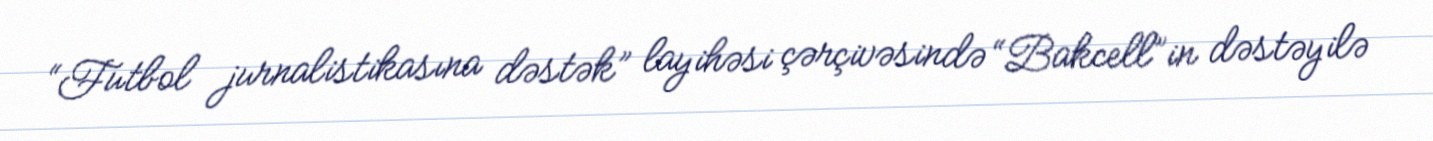
“Futbol jurnalistikasına dəstək” layihəsi çərçivəsində “Bakcell”in dəstəyilə